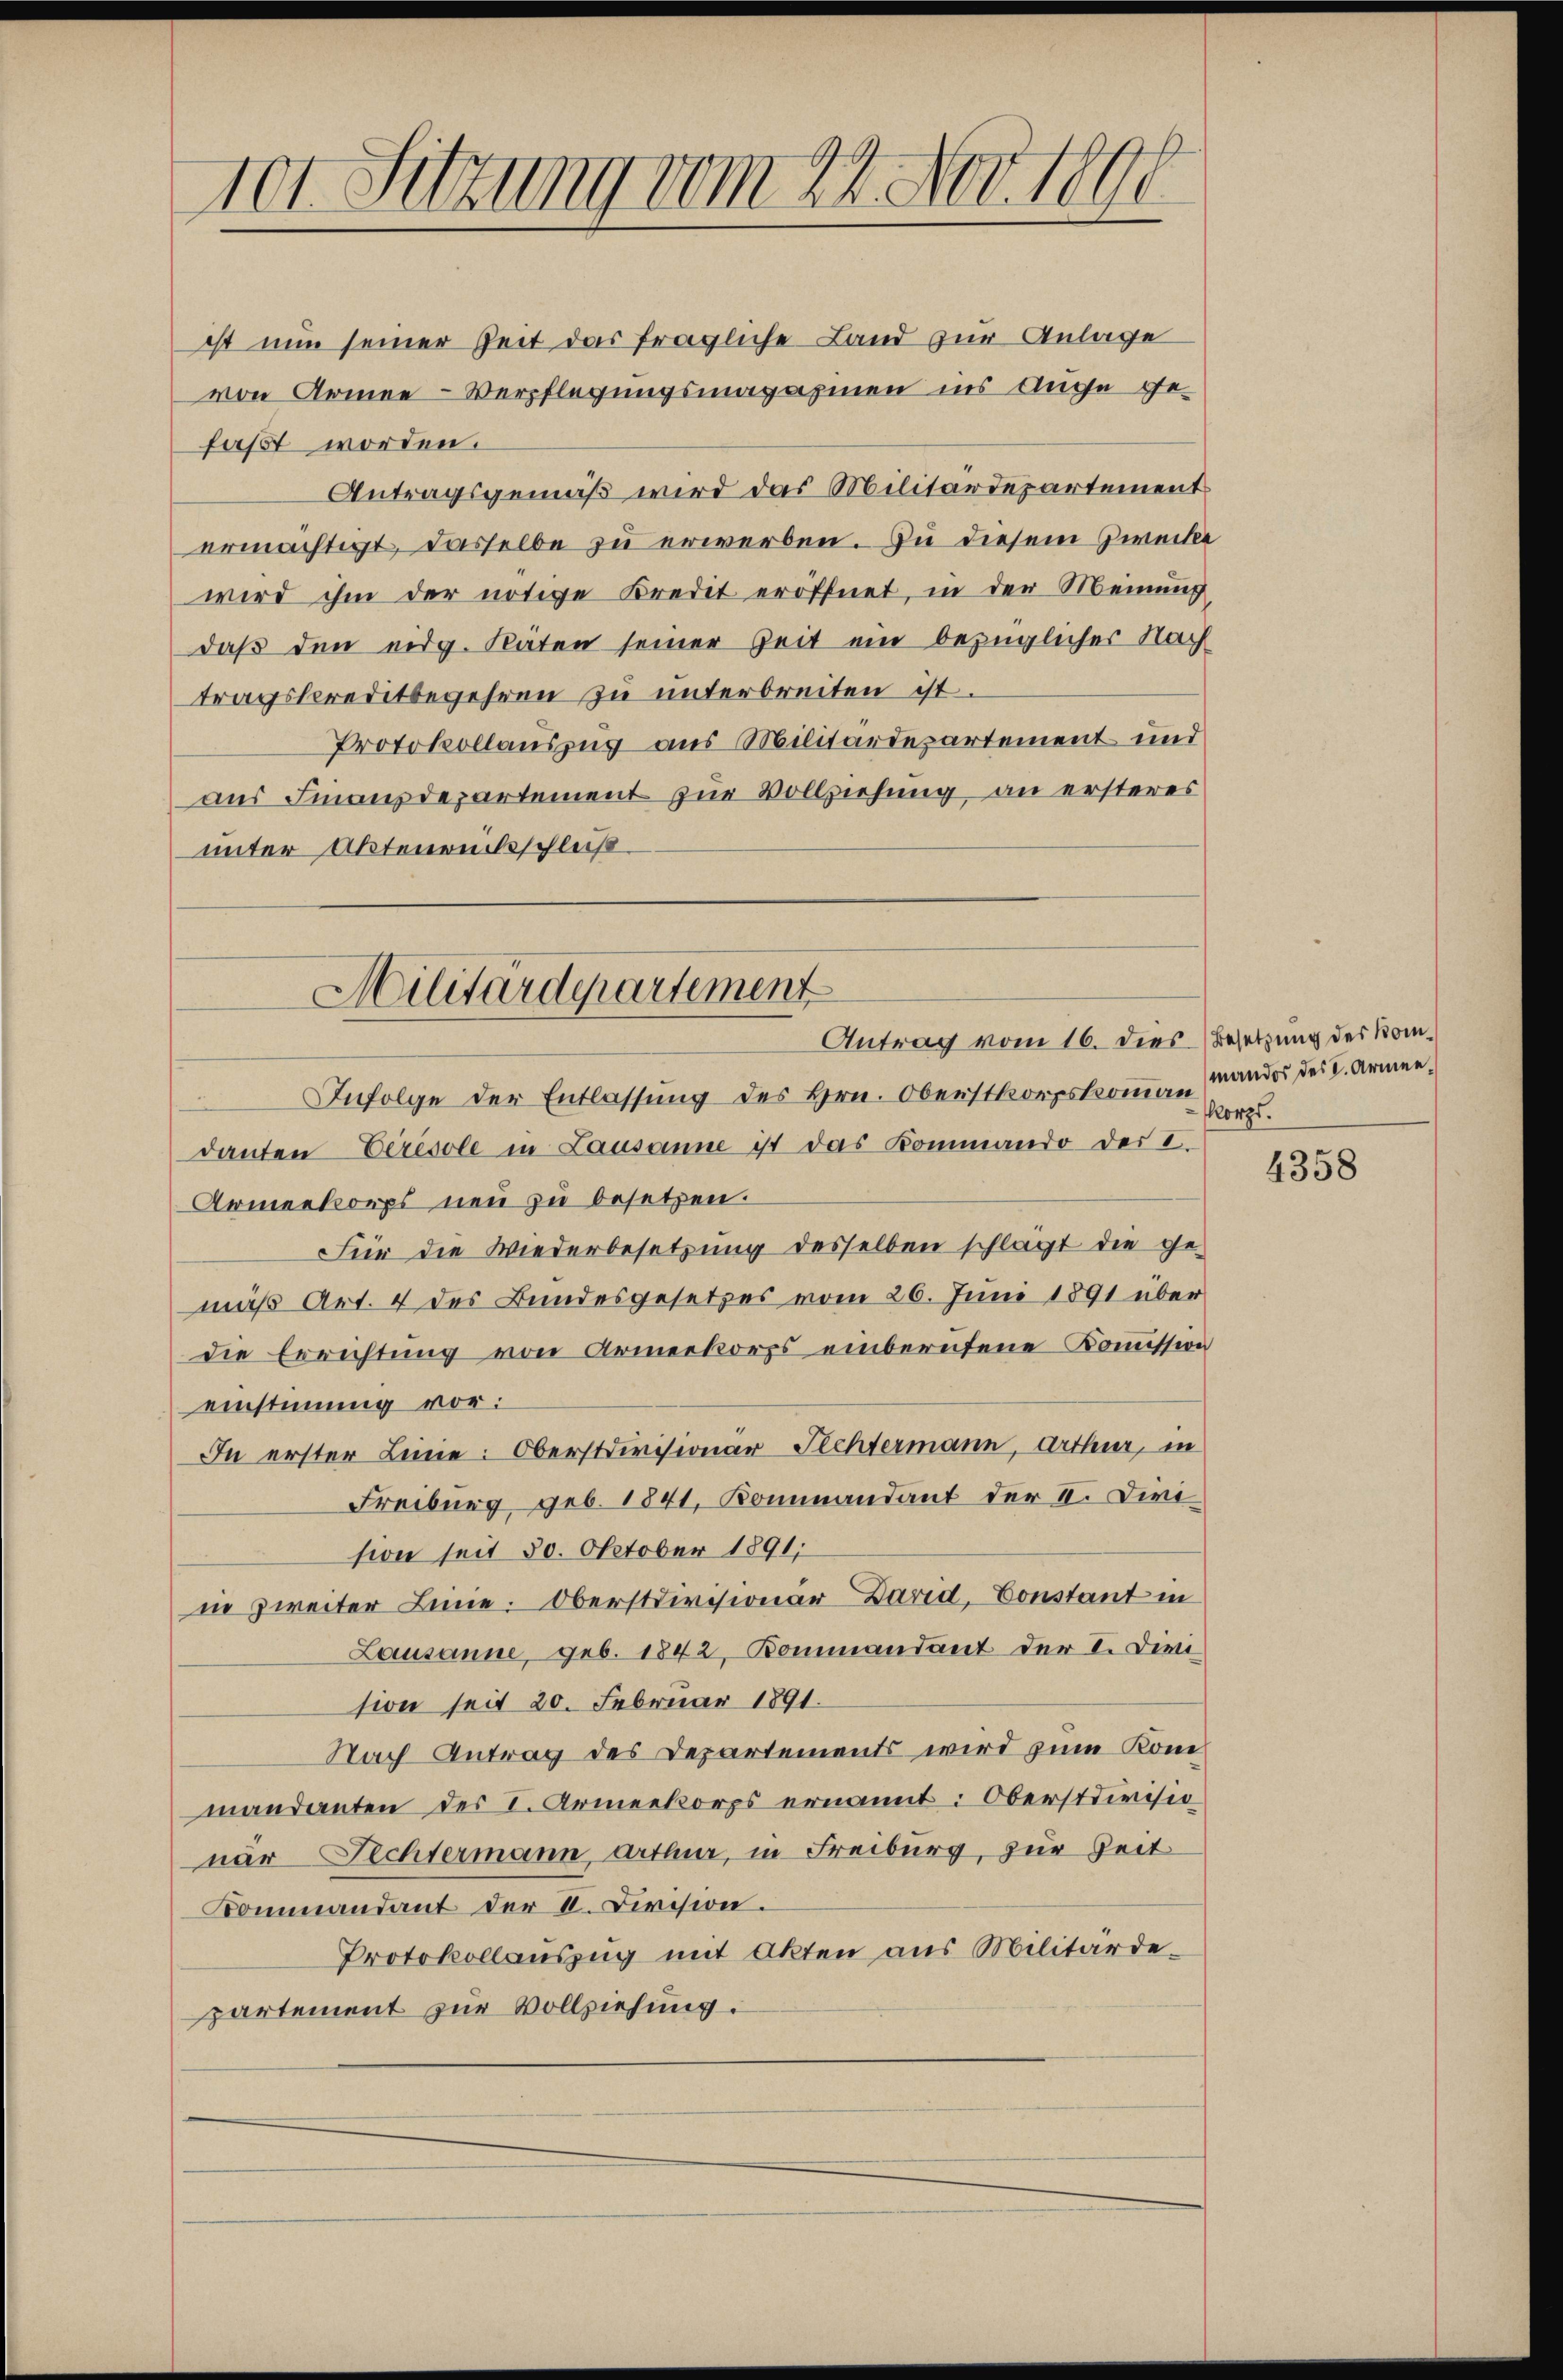
tor Sitzung vom 24. Nov. 1891

ist nun seiner Zeit das fragliche Land zur Anlage
von Armee-Verpflegungsmagazinen ins Auge ge-
faßt worden.
Antragsgemäß wird das Militärdepartement
ermächtigt, dasselbe zu erwerben. Zu diesem Zwecke
wird ihm der nötige Kredit eröffnet, in der Meinung
daß den eidg. Räten seiner Zeit ein bezüglicher Nach
tragskreditbegehren zu unterbreiten ist.
Protokollauszug aus Militärdepartement und
aus Finanzdepartement zur Vollziehung an ersteres
unter Aktenentschleiß
Infolge der Entlassung des Hrn. Oberstkorpskommann mandos des C. Armen,
danten Eeresole in Lausanne ist das Kommando der I.
Armenkorps neu zu besetzen.
Für die Wiederbesetzung desselben schlagt die ge-
mäß Art. 4 des Bundesgesetzes vom 26. Juni 1891 über
die Errichtung von Armeekorps einbereitene Kommission
einstimmig vor:
In erster Linie: Obersterisionär Fechtermann, Arthur, in
Freiburg geb. 1841, Kommandant der II. Die
sion seit 30. Oktober 1891
in zweiter Linie. Oberstivisionär Darid, Constant in
Lausanne, geb. 1842, Kommandant der I. Divi
tion seit 20. Februar 1891.
Nach Antrag des Departements wird zum Kommandanten des I. Armeekorps ernannt: Oberstdivisio
nar Fechtermann Arthur, in Freiburg, zur Zeit
Kommandant der II. Division.
Protokollauszug mit Akten aus Militärdepartement zur Vollziehung.

Militärdepartement
Antrag vom 16. dies Besetzung des Kom¬

orzs.

4358